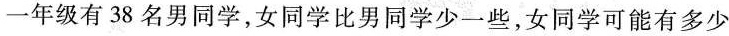
一年级有38名男同学，女同学比男同学少一些，女同学可能有多少